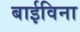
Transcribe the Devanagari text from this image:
बाईविना